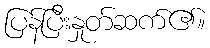
ပြန်ပြီးနှုတ်ဆက်၏။